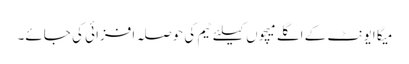
میگا ایونٹ کے اگلے میچوں کیلئے ٹیم کی حوصلہ افزائی کی جائے۔